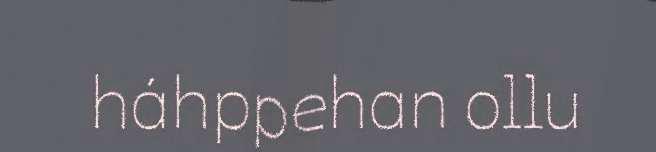
háhppehan ollu